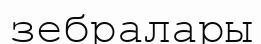
зебралары